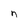
Character: n